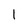
Character: l